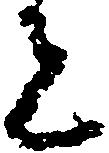
者